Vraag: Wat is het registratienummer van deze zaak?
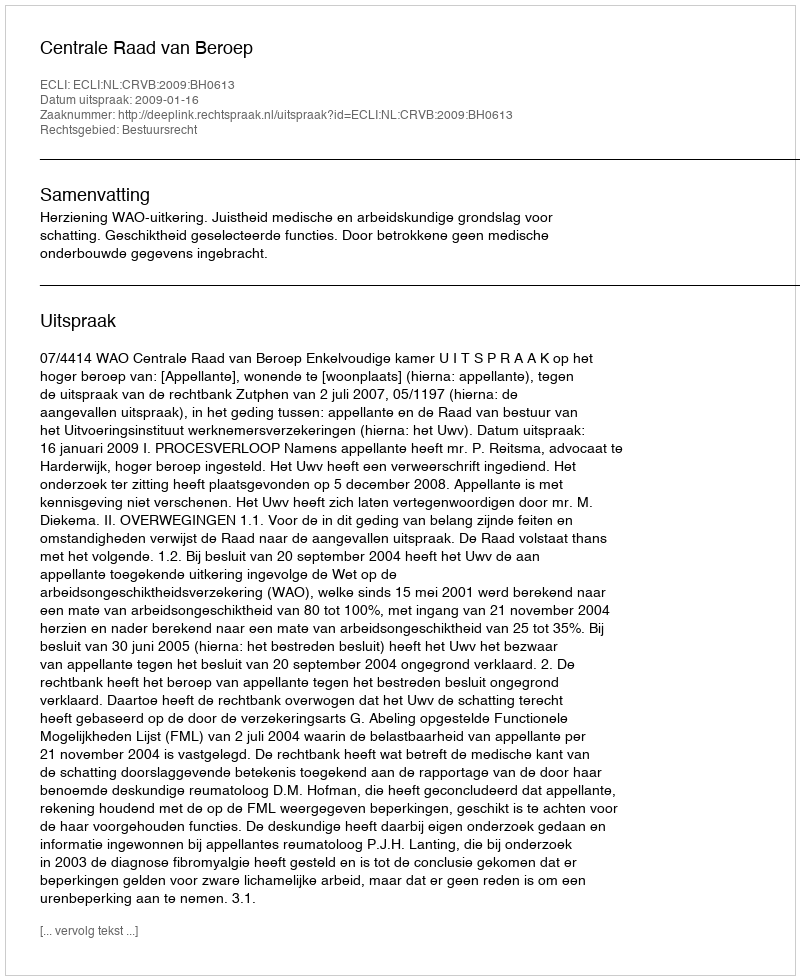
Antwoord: http://deeplink.rechtspraak.nl/uitspraak?id=ECLI:NL:CRVB:2009:BH0613